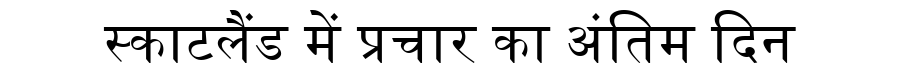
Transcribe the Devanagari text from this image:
स्काटलैंड में प्रचार का अंतिम दिन